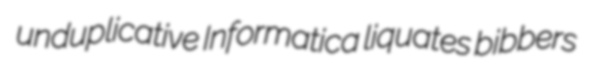
unduplicative Informatica liquates bibbers